Annual report on the lock hospitals of the Madras Presidency
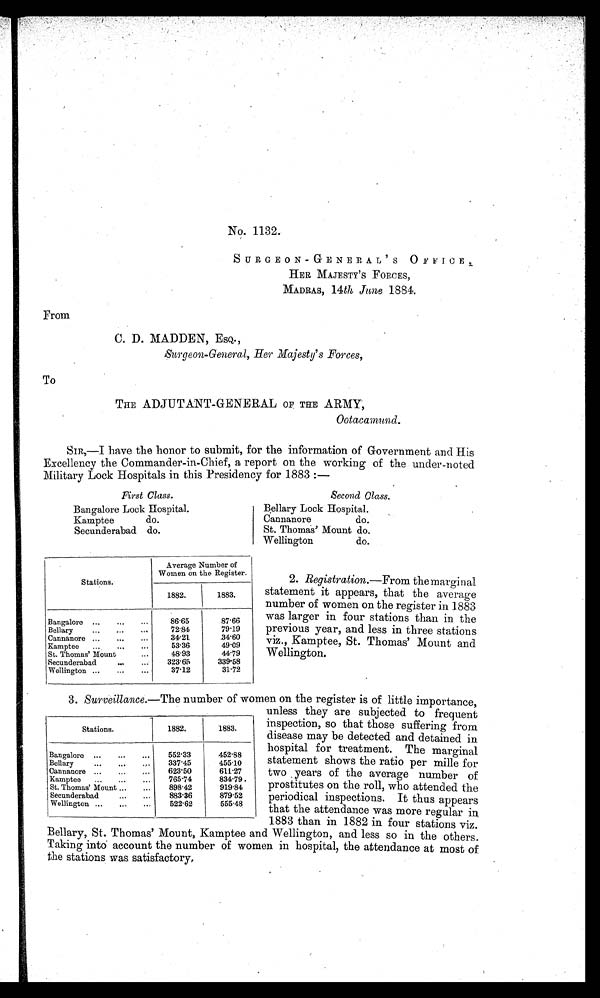
No. 1132.
SURGEON-GENERAL'S OFFICE,
HER MAJESTY'S FORCES,
MADRAS, 14 th June 1884.
From
C. D. MADDEN, ESQ.,
Surgeon-General, Her Majesty's Forces,
To
THE ADJUTANT-GENERAL OF THE ARMY,
Ootacamund.
SIR,—I have the honor to submit, for the information of Government and His
Excellency the Commander-in-Chief, a report on the working of the under-noted
Military Lock Hospitals in this Presidency for 1883 :—
First Class.
Second Class.
Bangalore Lock Hospital.
Bellary Lock Hospital.
Kamptee do.
Cannanore do.
Secunderabad do.
St. Thomas' Mount do.
Wellington do.
Stations.
Average Number of
Women on the Register.
1882.
1883.
Bangalore ...
...
...
86.65
87.66
Bellary
...
... ...
72.84
79.19
Cannanore ...
...
...
34.21
34.60
Kamptee
...
... ...
53.36
49.09
St. Thomas' Mount ...
48.93
44.79
Secunderabad
...
...
323.65
339.58
Wellington ...
...
...
37.12
31.72
2. Registration.— F r o m t h e m a r g i n a l
statement it appears, that the average
number of women on the register in 1883
was larger in four stations than in the
previous year, and less in three stations
viz., Kamptee, St. Thomas' Mount and
Wellington.
3. Surveillance. —The number of women on the register is of little importance,
unless they are subjected to frequent
inspection, so that those suffering from
disease may be detected and detained in
hospital for treatment. The marginal
statement shows the ratio per mille for
two years of the average number of
prostitutes on the roll, who attended the
periodical inspections. It thus appears
that the attendance was more regular in
1883 than in 1882 in four stations viz.
Bellary, St. Thomas' Mount, Kamptee and Wellington, and less so in the others.
Taking into account the number of women in hospital, the attendance at most of
the stations was satisfactory.
Stations.
1882.
1883.
Bangalore ...
...
...
552.33
452.88
Bellary
...
... ...
337.45
455.10
Cannanore ...
...
...
623.50
611.27
Kamptee
...
...
...
765.74
834.79
St. Thomas' Mount ...
...
898.42
919.84
Secunderabad
...
...
883.36
879.52
Wellington ...
... ...
522.62
555.48